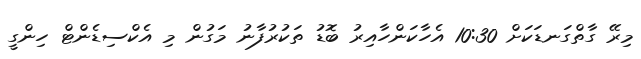
މިރޭ ގާތްގަނޑަކަށް 10:30 އެހާކަންހާއިރު ބޮޑު ތަކުރުފާނު މަގުން މި އެކްސިޑެންޓް ހިންގީ